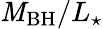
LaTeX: \mathit{M}_{\mathrm{{BH}}}/L_{\star}